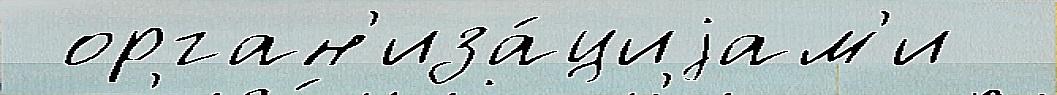
 орган'иза́циjам'и